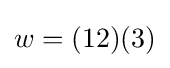
w=(12)(3)